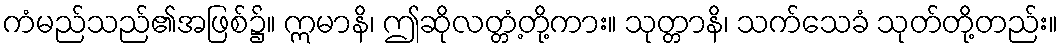
ကံမည်သည်၏အဖြစ်၌။ ဣမာနိ၊ ဤဆိုလတ္တံ့တို့ကား။ သုတ္တာနိ၊ သက်သေခံ သုတ်တို့တည်း။